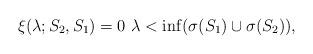
LaTeX: \begin{align*}\xi(\lambda ; S_2,S_1) = 0 \, \, \lambda < \inf(\sigma(S_1) \cup \sigma(S_2)), \end{align*}